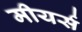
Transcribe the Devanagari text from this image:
मीयर्स